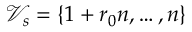
\mathcal { V } _ { s } = \{ 1 + r _ { 0 } n , \dots , n \}